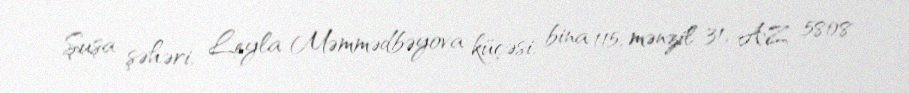
Şuşa şəhəri, Leyla Məmmədbəyova küçəsi, bina 115, mənzil 31, AZ 5808